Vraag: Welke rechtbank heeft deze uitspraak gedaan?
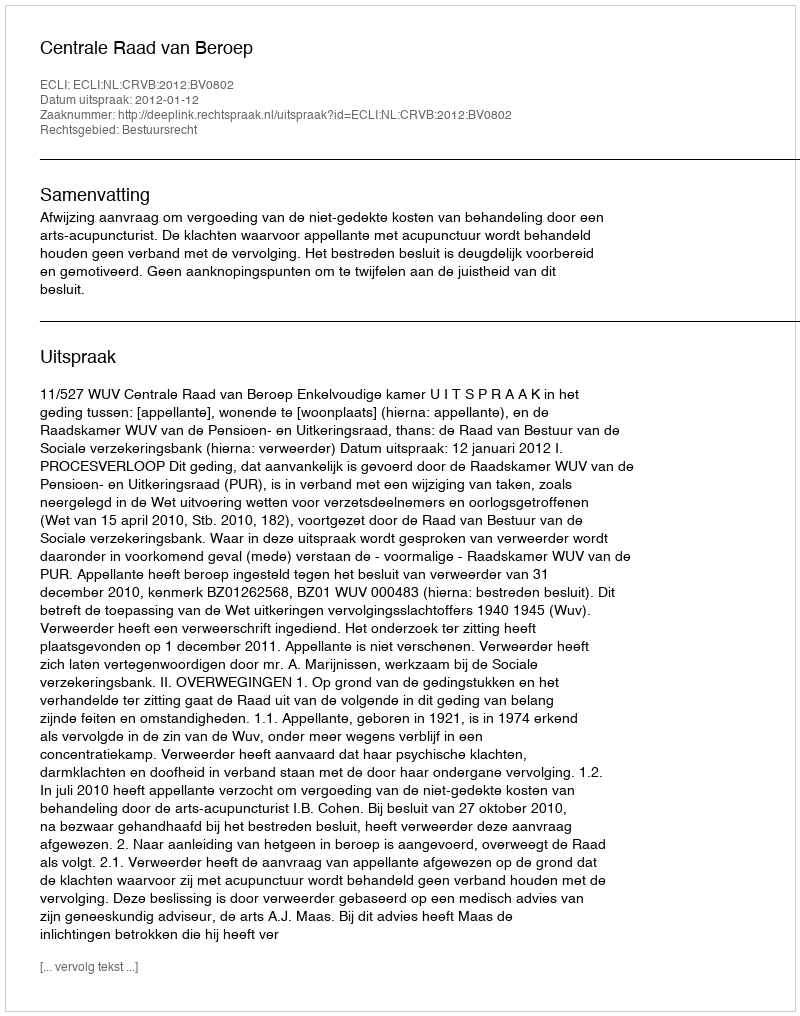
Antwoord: Centrale Raad van Beroep